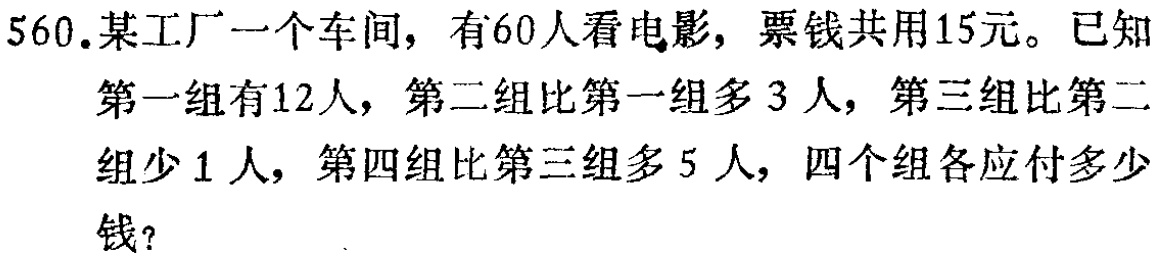
560.某工厂一个车间，有60人看电影，票钱共用15元。已知
第一组有12人，第二组比第一组多3人，第三组比第二
组少1人，第四组比第三组多5人，四个组各应付多少
钱？